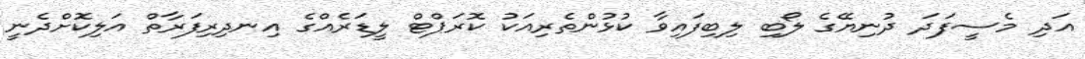
އަދި މެސީފަދަ ދުނިޔޭގެ ލޯބި ލިބިފައިވާ ކުޅުންތެރިއަކު ކޮރަޕްޓް ލީޑަރެއްގެ އިނދިރިފަރާތް އަލިކޮށްދެނީ